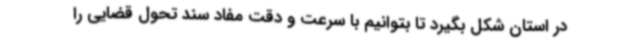
در استان شکل بگیرد تا بتوانیم با سرعت و دقت مفاد سند تحول قضایی را